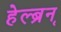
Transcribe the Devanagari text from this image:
हेल्ब्रून